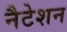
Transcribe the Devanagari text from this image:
नैटेशन